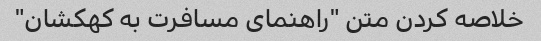
خلاصه کردن متن "راهنمای مسافرت به کهکشان"